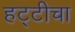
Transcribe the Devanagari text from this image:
हट्टीचा